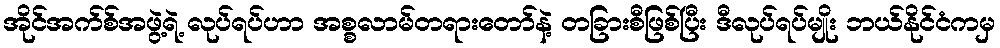
အိုင်အက်စ်အဖွဲ့ရဲ့ လုပ်ရပ်ဟာ အစ္စလာမ်တရားတော်နဲ့ တခြားစီဖြစ်ပြီး ဒီလုပ်ရပ်မျိုး ဘယ်နိုင်ငံကမှ